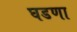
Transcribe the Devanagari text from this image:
घडणा